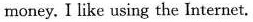
money. I like using the Internet.